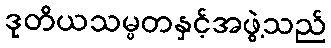
ဒုတိယသမ္မတနှင့်အဖွဲ့သည်